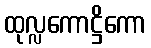
ထုလ္လကောဋ္ဌိကော